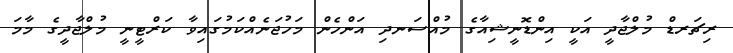
ރިޗަރޑް މުލްޖާދީ އަކީ އިންޑޮނީޝިއާގެ މުއްސަނދި އަންހެން މަހުޖަނެއްކަމުގައިވާ ކަރްޓީނީ މުލްޖާދީގެ މާމަ